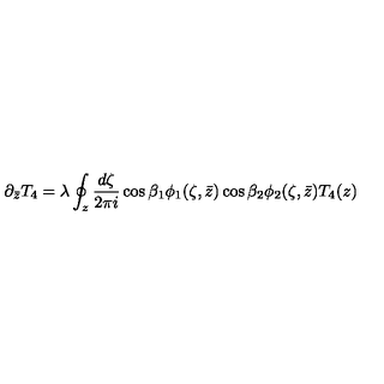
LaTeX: \partial _ { \bar { z } } T _ { 4 } = \lambda \oint _ { z } \frac { d \zeta } { 2 \pi i } \cos { \beta } _ { 1 } \phi _ { 1 } ( \zeta , \bar { z } ) \cos { \beta } _ { 2 } \phi _ { 2 } ( \zeta , \bar { z } ) T _ { 4 } ( z )